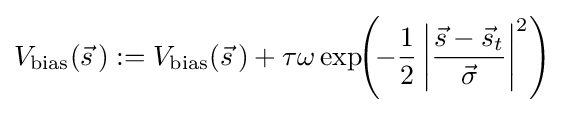
V_{\text{bias}}({\vec {s}}\,):=V_{\text{bias}}({\vec {s}}\,)+\tau \omega \exp \!\!\left(\!-{\frac {1}{2}}\left|{\frac {{\vec {s}}-{\vec {s}}_{t}}{\vec {\sigma }}}\right|^{2}\right)